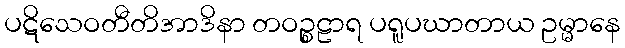
ပဋိသေဝတီတိအာဒိနာ တဝဉ္စဠာရ ပရူပဃာတာယ ဥမ္မာနေ